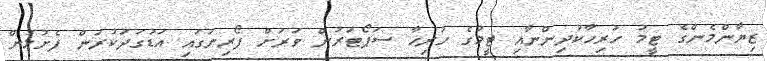
ޒިޔާންމެންގެ ޓީމު ހުރިހާކުދިންނާއި ޓީމުގެ ހުރިހާ ސަޕޯޓަރުން ވަރަށް ފޯރިނަގައި އަޑުގަދަކުރަން ފެށުމުން